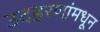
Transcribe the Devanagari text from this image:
उदहरणांमधून